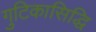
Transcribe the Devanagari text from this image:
गुटिकासिद्धि